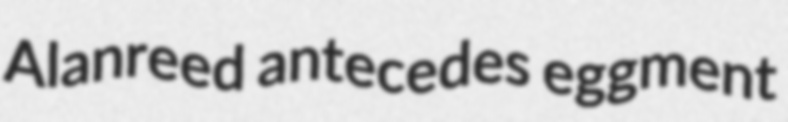
Alanreed antecedes eggment